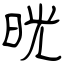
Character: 晄